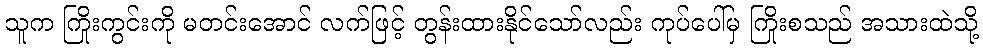
သူက ကြိုးကွင်းကို မတင်းအောင် လက်ဖြင့် တွန်းထားနိုင်သော်လည်း ကုပ်ပေါ်မှ ကြိုးစသည် အသားထဲသို့